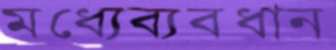
মধ্যেব্যবধান